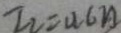
I _ { 2 } = 0 . 6 A